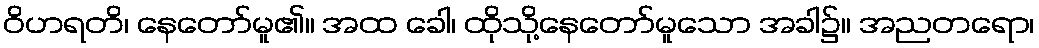
ဝိဟရတိ၊ နေတော်မူ၏။ အထ ခေါ၊ ထိုသို့နေတော်မူသော အခါ၌။ အညတရော၊